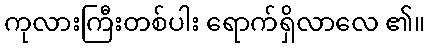
ကုလားကြီးတစ်ပါး ရောက်ရှိလာလေ ၏။